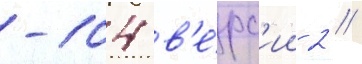
-104 в'е́рс'ии 2 //